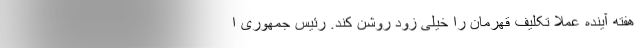
هفته آینده عملاً تکلیف قهرمان را خیلی زود روشن کند. رئیس جمهوری ا